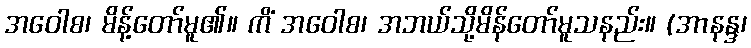
အဝေါစ၊ မိန့်တော်မူ၏။ ကိံ အဝေါစ၊ အဘယ်သို့မိန်တော်မူသနည်း။ (အာနန္ဒ၊